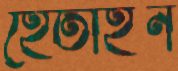
হেতাইন